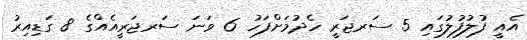
އެއީ ފުލުފުލުގައި 5 ސަރޖަރީ ހެދުމަށްފަހު 6 ވަނަ ސަރޖަރީއެއްގެ 8 ގަޑިއިރު